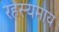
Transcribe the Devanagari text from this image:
रहस्यमाय